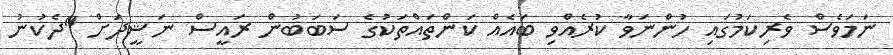
ނަމަވެސް ވެރިކަމުގައި ހުންނަވާ ކުރެއްވި ބައެއް ކަންތައްތަކުގެ ސަބަބުން ރައީސް ނަޝީދަށް "ދެކުނު